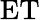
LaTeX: \mathrm{ET}